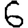
Digit: 6